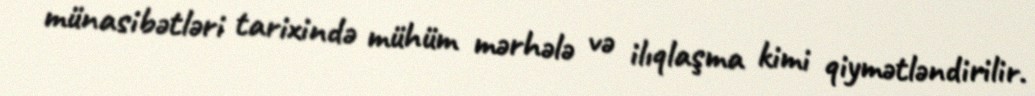
münasibətləri tarixində mühüm mərhələ və ilıqlaşma kimi qiymətləndirilir.